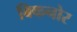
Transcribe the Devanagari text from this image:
बिकनोर